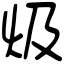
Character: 𤆣